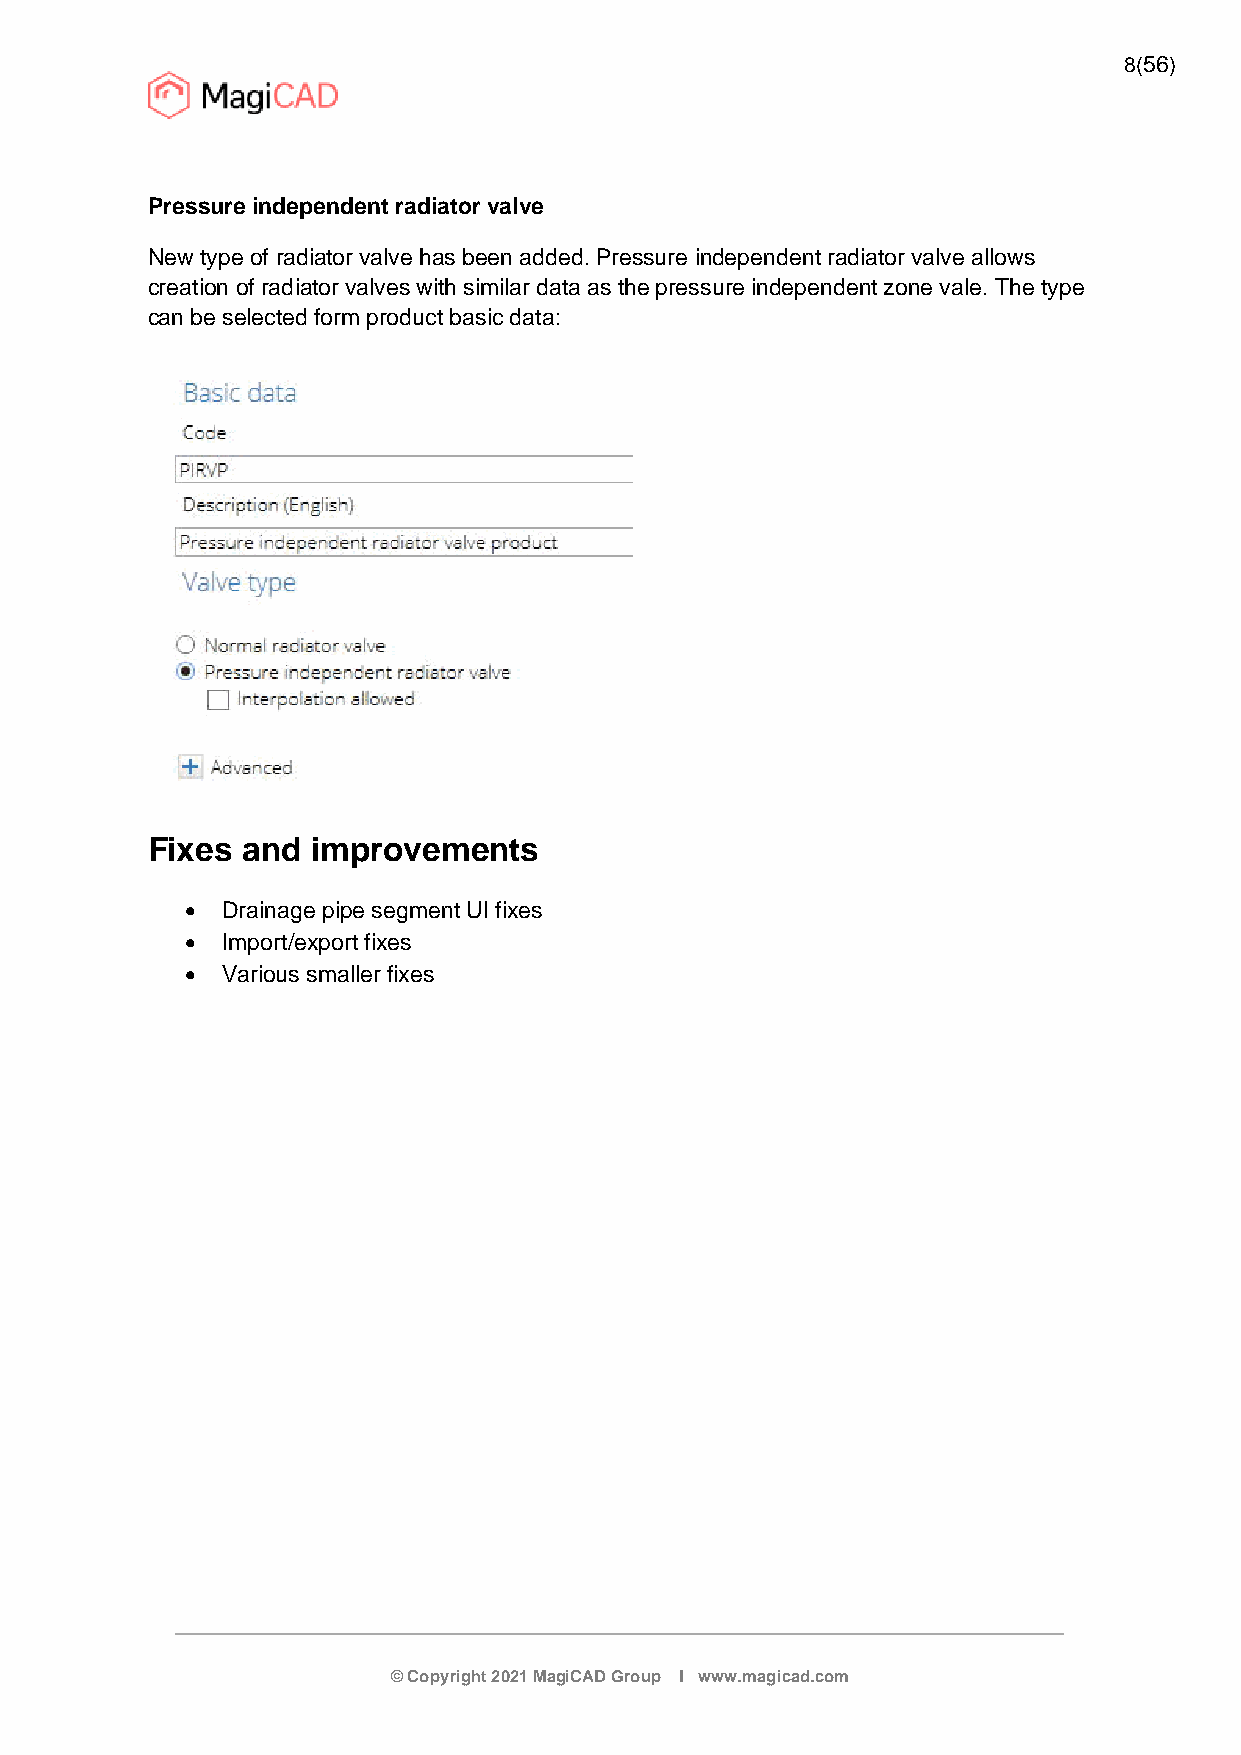
8(56)
 Pressure independent radiator valve
 New type of radiator valve has been added. Pressure independent radiator valve allows
 creation of radiator valves with similar data as the pressure independent zone vale. The type
 can be selected form product basic data:
 Fixes and  improvements
   Drainage pipe segment UI fixes
   Import/export fixes
   Various smaller fixes
 © Copyright 2021 MagiCAD Group I www.magicad.com